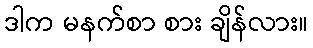
ဒါက မနက်စာ စား ချိန်လား။